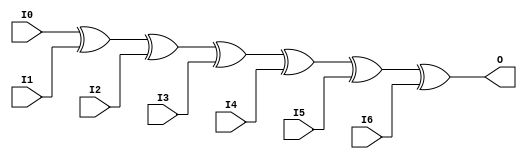
module X_XOR7 (O, I0, I1, I2, I3, I4, I5, I6);

  parameter LOC = "UNPLACED";
  output O;
  input I0, I1, I2, I3, I4, I5, I6;

  xor (O, I0, I1, I2, I3, I4, I5, I6);

  specify

	(I0 => O) = (0:0:0, 0:0:0);
	(I1 => O) = (0:0:0, 0:0:0);
	(I2 => O) = (0:0:0, 0:0:0);
	(I3 => O) = (0:0:0, 0:0:0);
	(I4 => O) = (0:0:0, 0:0:0);
	(I5 => O) = (0:0:0, 0:0:0);
	(I6 => O) = (0:0:0, 0:0:0);

	specparam PATHPULSE$ = 0;

  endspecify

endmodule